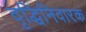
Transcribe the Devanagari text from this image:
वृद्धिनिवारक